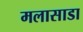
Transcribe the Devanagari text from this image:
मलासाडा